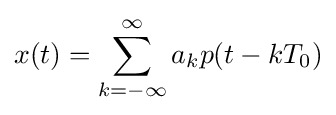
x(t)=\sum _{k=-\infty }^{\infty }a_{k}p(t-kT_{0})